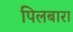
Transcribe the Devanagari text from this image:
पिलबारा